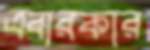
এবারকার